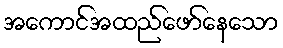
အကောင်အထည်ဖော်နေသော